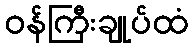
ဝန်ကြီးချုပ်ထံ